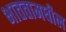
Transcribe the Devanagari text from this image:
भाततामधील